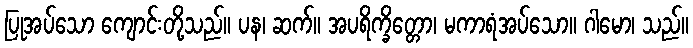
ပြုအပ်သော ကျောင်းတို့သည်။ ပန၊ ဆက်။ အပရိက္ခိတ္တော၊ မကာရံအပ်သော။ ဂါမော၊ သည်။